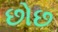
છોછ